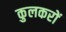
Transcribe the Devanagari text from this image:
कुलकरों